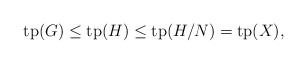
\begin{align*}\mathrm{tp}(G) \leq \mathrm{tp}(H) \leq\mathrm{tp}(H/N) = \mathrm{tp}(X),\end{align*}